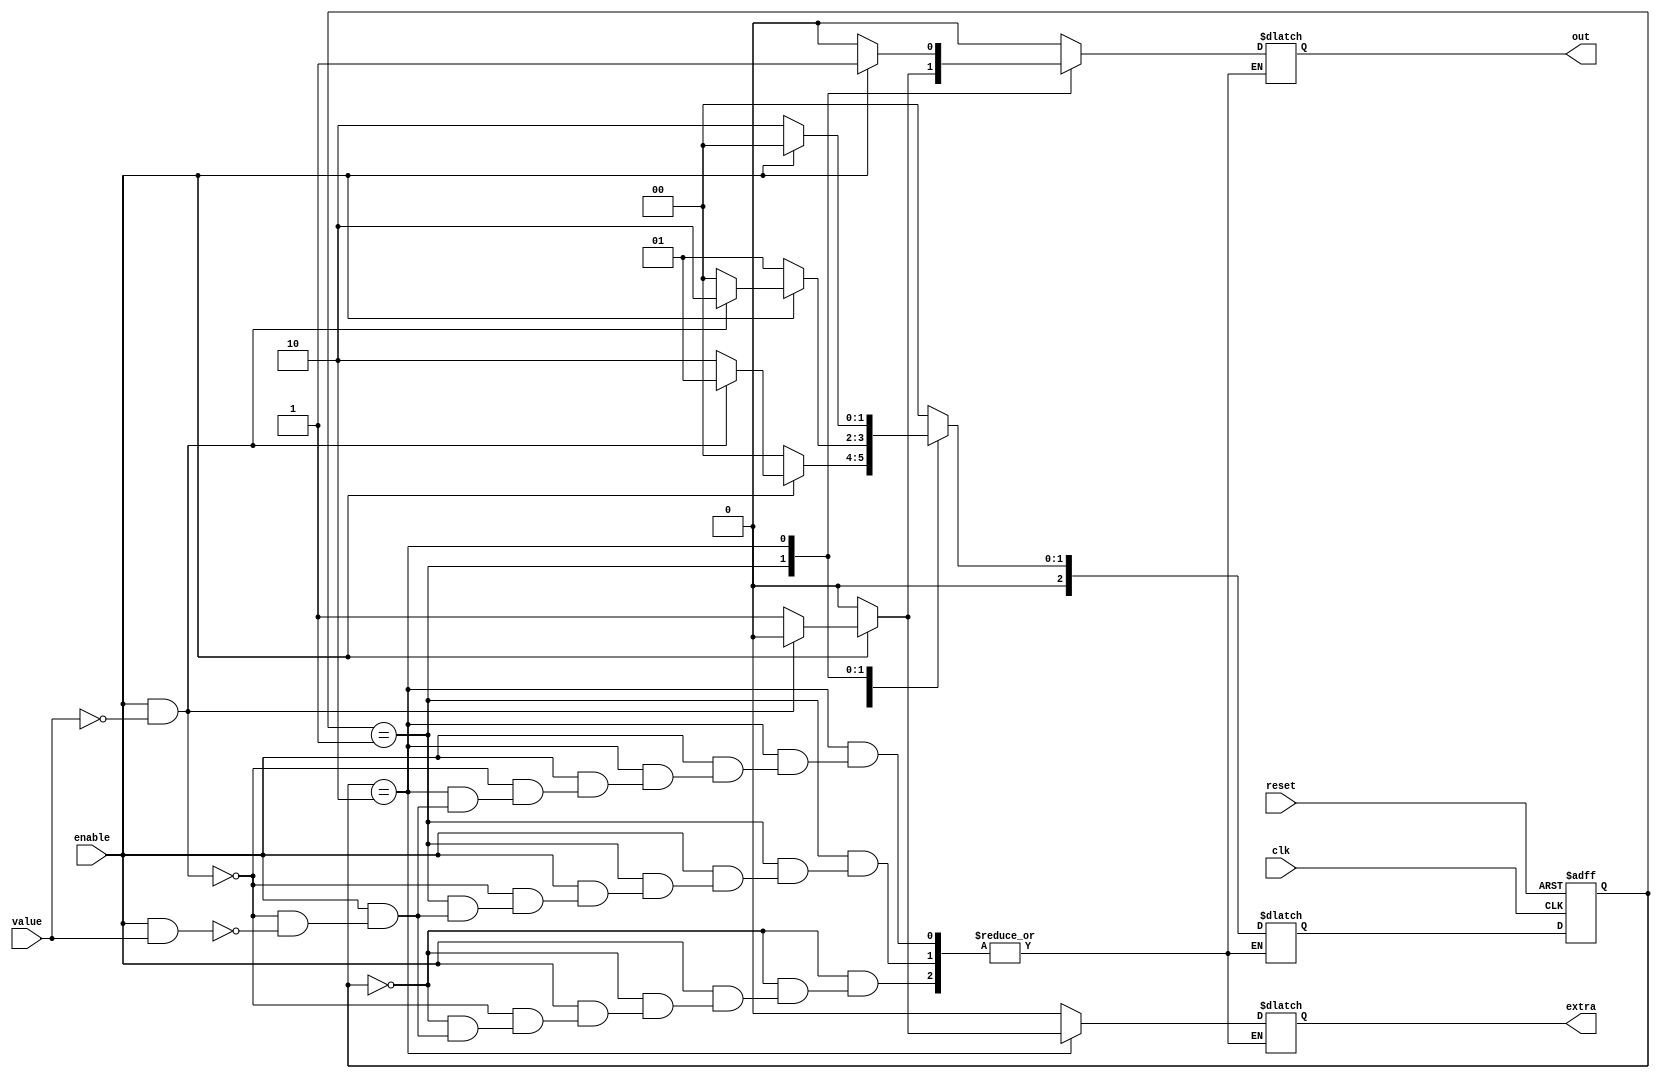
module Money_Machine(

input reset,
input clk,
input enable,
input value,
output reg out,
output reg extra
);
reg [2:0]state_reg;
reg [2:0]state_next;
localparam s1=3'b000;
localparam s2=3'b001;
localparam s3=3'b010;

always @(posedge clk,posedge reset)begin
 
if(reset)begin

state_reg <= s1;
end
else begin
state_reg <= state_next;
end

end
always @(state_reg,enable,value)begin // enter the second input 
case(state_reg)

s1:begin
if(!enable)begin
state_next=s1;
out=1'b0;
extra=1'b0;
end
else if(enable && !value) begin
state_next=s2;
out=1'b0;
extra=1'b0;
end
else if(enable && value) begin
state_next=s3;
out=1'b0;
extra=1'b0;
end
end
s2:begin
if(!enable)begin
state_next=s2;
out=1'b0;
extra=1'b0;
end
else if(enable && !value) begin
state_next=s3;
out=1'b0;
extra=1'b0;
end
else if(enable && value) begin 
state_next=s1;
out=1'b1;
extra=1'b0;
end
end
s3:begin
if(!enable) begin 
state_next=s3;
out=1'b0;
extra=1'b0;
end
else if(enable && !value)begin 
state_next=s1;
out=1'b1;
extra=1'b0;
end
else if(enable && value)begin 
state_next=s1;
out=1'b1;
extra=1'b1;
end
end
default: begin
state_next=s1;
out=1'b0;
extra=1'b0;
end
endcase
end



endmodule
module Money_Machine_tb();
`timescale 1ns/ 10ps

reg value;
reg clk;
reg reset;
reg enable;

wire out;
wire extra;

Money_Machine obj(
reset,
clk,
enable,
value,
out,
extra
);

always
begin
	#5 clk = ~clk;
end


initial begin
	reset = 1;
	
	clk = 0;
	enable= 0;
	value = 0;
	
	#10 reset = 0;
	
	#5  value = 1;
		 enable = 1;
	
	#15 enable = 0;
		 value = 0;
	#10 
	$finish;
	

end
endmodule